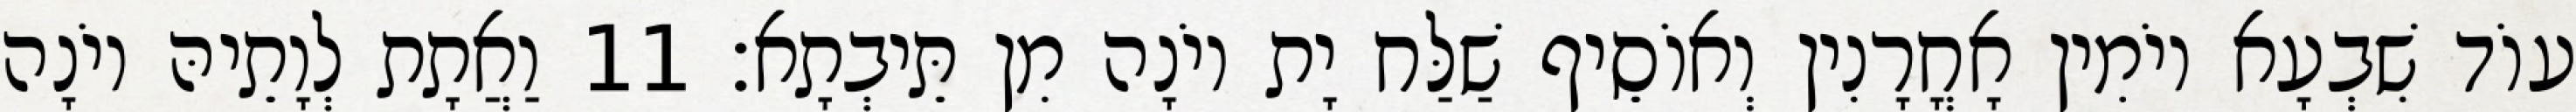
עוֹד שִׁבְעָא יוֹמִין אָחֳרָנִין וְאוֹסֵיף שַׁלַּח יָת יוֹנָה מִן תֵּיבְתָא׃ 11 וַאֲתָת לְוָתֵיהּ יוֹנָה